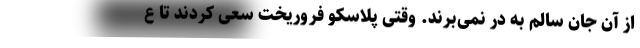
از آن جان سالم به در نمی‌برند. وقتی پلاسکو فروریخت سعی کردند تا ع